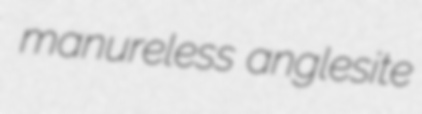
manureless anglesite